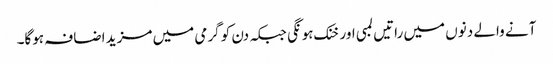
آنے والے دنوں میں راتیں لمبی اور خنک ہونگی جبکہ دن کو گرمی میں مزید اضافہ ہوگا۔